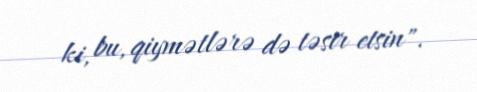
ki, bu, qiymətlərə də təsir etsin".